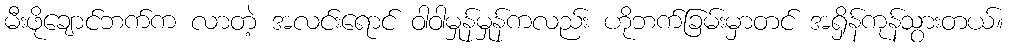
မီးဖိုချောင်ဘက်က လာတဲ့ အလင်းရောင် ဝါဝါမှုန်မှုန်ကလည်း ဟိုဘက်ခြမ်းမှာတင် အရှိန်ကုန်သွားတယ်။